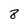
Character: 8